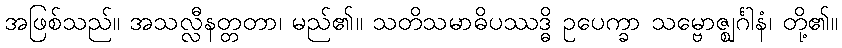
အဖြစ်သည်။ အသလ္လီနတ္တတာ၊ မည်၏။ သတိသမာဓိပဿဒ္ဓိ ဥပေက္ခာ သမ္ဗောဇ္ဈင်္ဂါနံ၊ တို့၏။